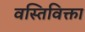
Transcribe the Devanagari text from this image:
वस्तिविक्ता